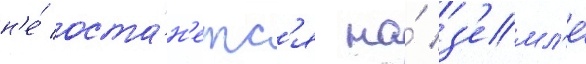
н'е́ оста́н'етс'я на́ з'емл'е́